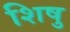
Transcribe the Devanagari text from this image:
शिषु